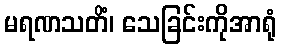
မရဏသတိံ၊ သေခြင်းကိုအာရုံ